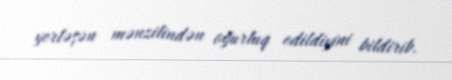
yerləşən mənzilindən oğurluq edildiyini bildirib.